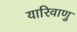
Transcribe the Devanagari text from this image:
यारिवाणु